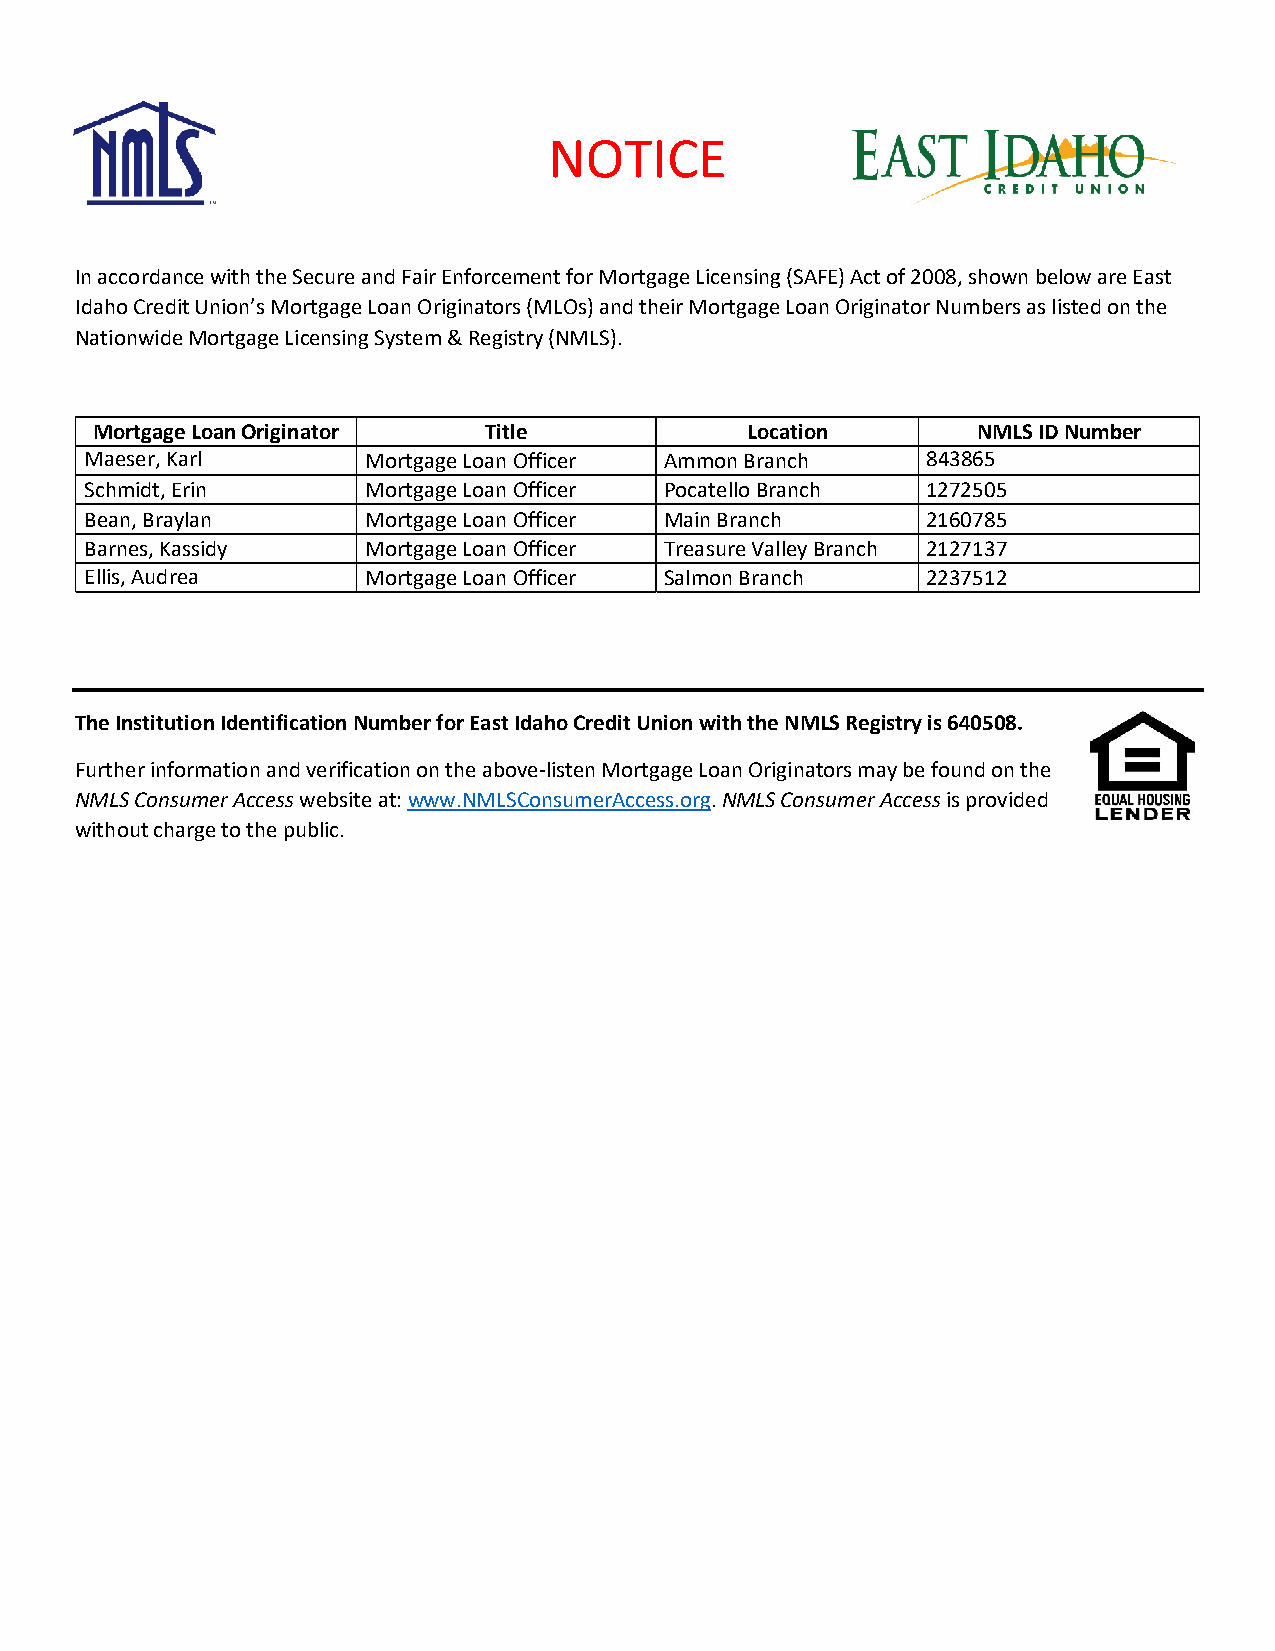
NOTICE
 In accordance with the Secure and Fair Enforcement for Mortgage Licensing (SAFE) Act of 2008, shown below are East
 Idaho Credit Union’s Mortgage Loan Originators (MLOs) and their Mortgage Loan Originator Numbers as listed on the
 Nationwide Mortgage Licensing System & Registry (NMLS).
 Mortgage Loan Originator  Title            Location        NMLS ID Number
 Maeser, Karl      Mortgage Loan Officer Ammon Branch   843865
 Schmidt, Erin     Mortgage Loan Officer Pocatello Branch 1272505
 Bean, Braylan     Mortgage Loan Officer Main Branch    2160785
 Barnes, Kassidy   Mortgage Loan Officer Treasure Valley Branch 2127137
 Ellis, Audrea     Mortgage Loan Officer Salmon Branch  2237512
 The Institution Identification Number for East Idaho Credit Union with the NMLS Registry is 640508.
 Further information and verification on the above-listen Mortgage Loan Originators may be found on the
 NMLS Consumer Access website at: www.NMLSConsumerAccess.org. NMLS Consumer Access is provided
 without charge to the public.